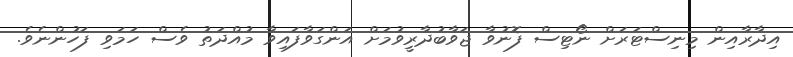
އިދާރާއިން މިނިސްޓަރަށް ނޯޓިސް ފޮނުވާ ޖަވާބުދާރީވުމަށް އަންގަވާފައިވާ މުއްދަތު ވެސް ހަމަވި ފަހުންނެވެ.